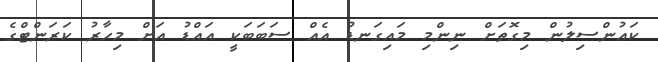
ކައުންސިލުން މިގޮތަށް ނިންމި މައިގަނޑު އެއްް ސަބަބަކީ އައްޑު އަށް މިހާރު ކަރަންޓްގެ